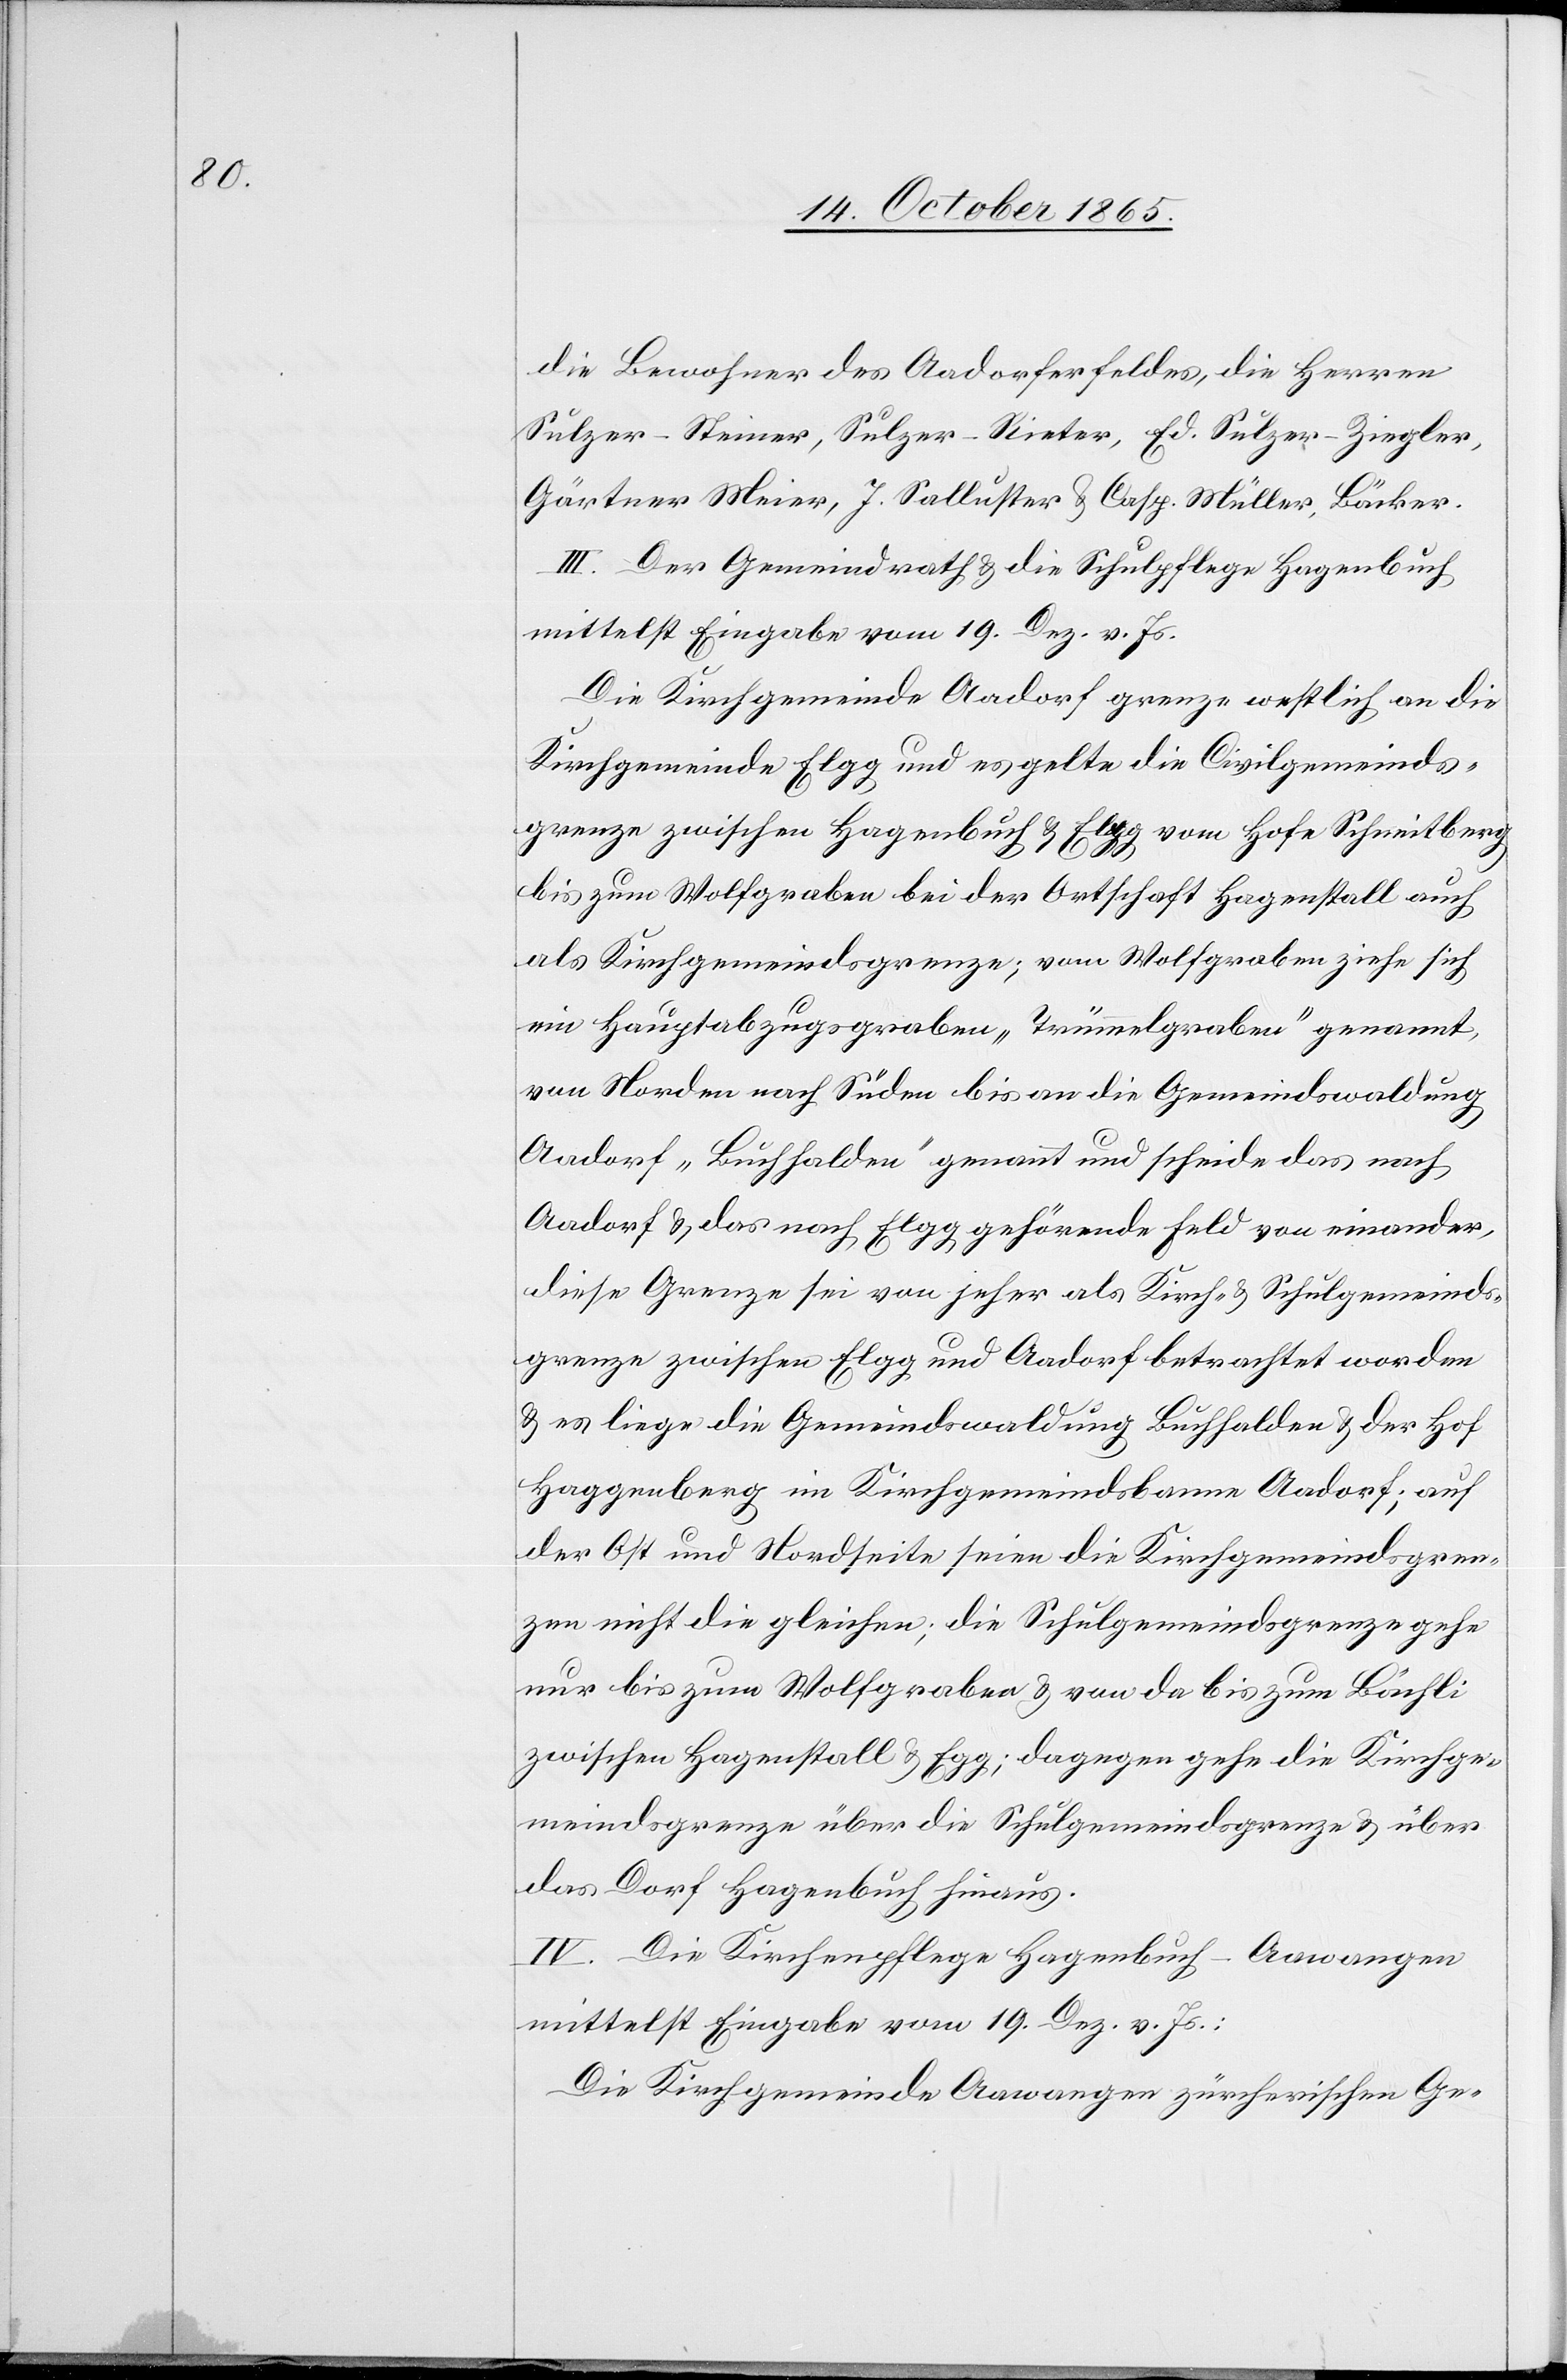
die Bewohner des Aadorferfeldes, die Herren
Sulzer-Steiner, Sulzer-Rieter, Ed. Sulzer-Ziegler,
Gärtner Meier, J. Salluster & Casp. Müller, Bäcker.
III. Der Gemeindrath & die Schulpflege Hagenbuch
mittelst Eingabe vom 19. Dez. v. Js.
Die Kirchgemeinde Aadorf grenze westlich an die
Kirchgemeinde Elgg und es gelte die Civilgemeinds¬
grenze zwischen Hagenbuch & Elgg vom Hofe Schneitberg
bis zum Wolfgraben bei der Ortschaft Hagenstall auch
als Kirchgemeindsgrenze; vom Wolfgraben ziehe sich
ein Hauptabzugsgraben „Trümmelgraben“ genannt,
von Norden nach Süden bis an die Gemeindswaldung
Aadorf „Buchhalden“ genannt und scheide das nach
Aadorf & das nach Elgg gehörende Feld von einander,
diese Grenze sei von jeher als Kirch- & Schulgemeinds¬
grenze zwischen Elgg und Aadorf betrachtet worden
& es liege die Gemeindswaldung Buchhalden & der Hof
Haggenberg im Kirchgemeindsbanne Aadorf; auf
der Ost[-] und Nordseite seien die Kirchgemeindsgren¬
zen nicht die gleichen; die Schulgemeindsgrenze gehe
nur bis zum Wolfgraben & von da bis zum Bächli
zwischen Hagenstall & Egg [sic!]; dagegen gehe die Kirchge¬
meindsgrenze über die Schulgemeindsgrenze & über
das Dorf Hagenbuch hinaus.
IV. Die Kirchenpflege Hagenbuch-Aawangen
mittelst Eingabe vom 19. Dez. v. Js.:
Die Kirchgemeinde Aawangen zürcherischen Ge-